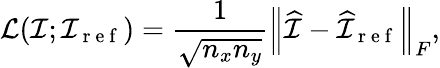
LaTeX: \mathcal{L}(\mathcal{I};\mathcal{I}_{\mathrm{~r~e~f~}})=\frac{1}{\sqrt{n_{x}n_{y}}}\left\| \widehat{\mathcal{I}}-\widehat{\mathcal{I}}_{\mathrm{~r~e~f~}}\right\| _{F},